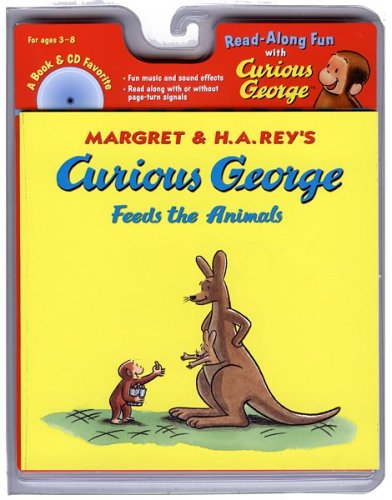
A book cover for Curious George Feeds the Animals Book & CD (Read Along Book & CD); H. A. Rey; Children's Books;